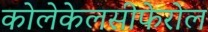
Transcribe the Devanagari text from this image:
कोलेकेलसीफेरोल